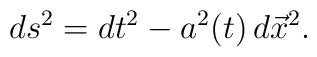
ds^2=dt^2-a^2(t)\, d\vec{x}^2.